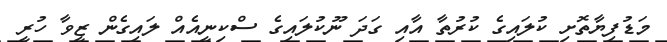
މަޑުފިޔާތޮށި ކުލައިގެ ކުރުތާ އާއި ގަދަ ނޫކުލައިގެ ސްކިނީއެއް ލައިގެން ޒީވާ ހުރީ